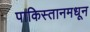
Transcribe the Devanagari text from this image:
पाकिस्तानमधून